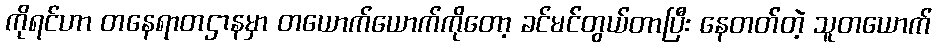
ကိုရင်ဟာ တနေရာတဌာနမှာ တယောက်ယောက်ကိုတော့ ခင်မင်တွယ်တာပြီး နေတတ်တဲ့ သူတယောက်